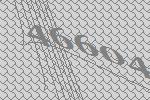
46604